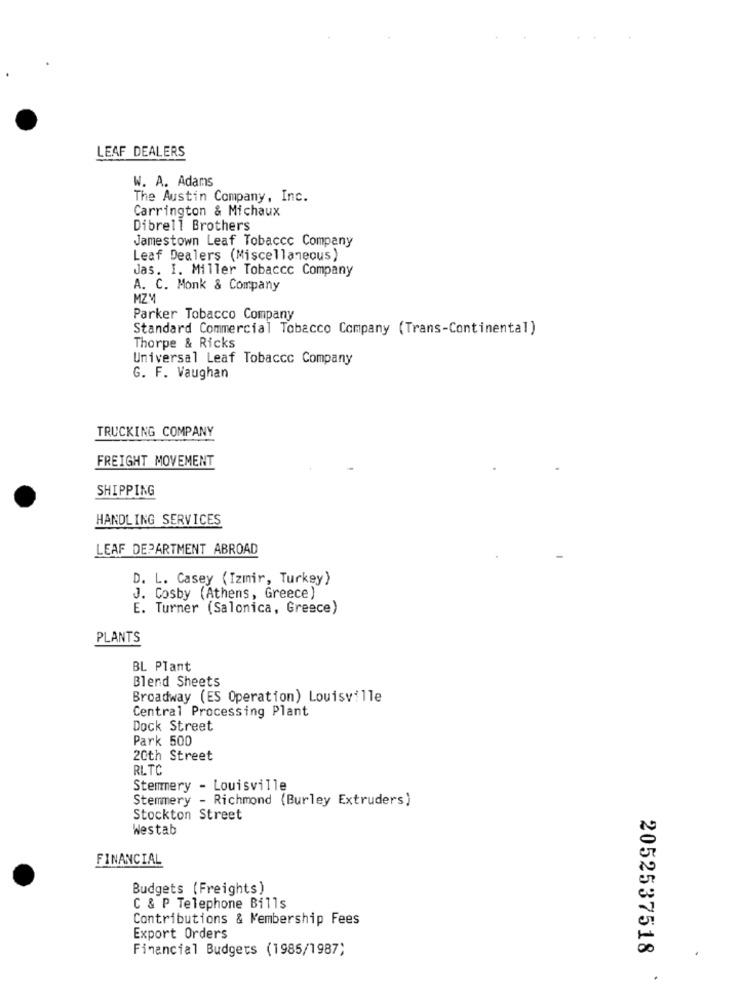
LEAF DEALERS
W. A. Adams
The Austin Company, Inc.
Carrington & Michaux
Dibrell Brothers
Jamestown Leaf Tobacco Company
Leaf Dealers (Miscellaneous)
Jas. I. Miller Tobacco Company
A. C. Monk & Company
MZM
Parker Tobacco Company
Standard Commercial Tobacco Company (Trans-Continental)
Thorpe & Ricks
Universal Leaf Tobacco Company
G. F. Vaughan
TRUCKING COMPANY
FREIGHT MOVEMENT
SHIPPING
HANDLING SERVICES
LEAF DEPARTMENT ABROAD
D. L. Casey (Izmir, Turkey)
J. Cosby (Athens, Greece)
E. Turner (Salonica, Greece)
PLANTS
BL Plant
Blend Sheets
Broadway (ES Operation) Louisville
Central Processing Plant
Dock Street
Park 500
20th Street
RLTC
Stemmery - Louisville
Stemmery - Richmond (Burley Extruders)
Stockton Street
Westab
FINANCIAL
Budgets (Freights)
C & P Telephone Bills
Contributions & Membership Fees
Export Orders
Financial Budgets (1985/1987)
2052537518
.